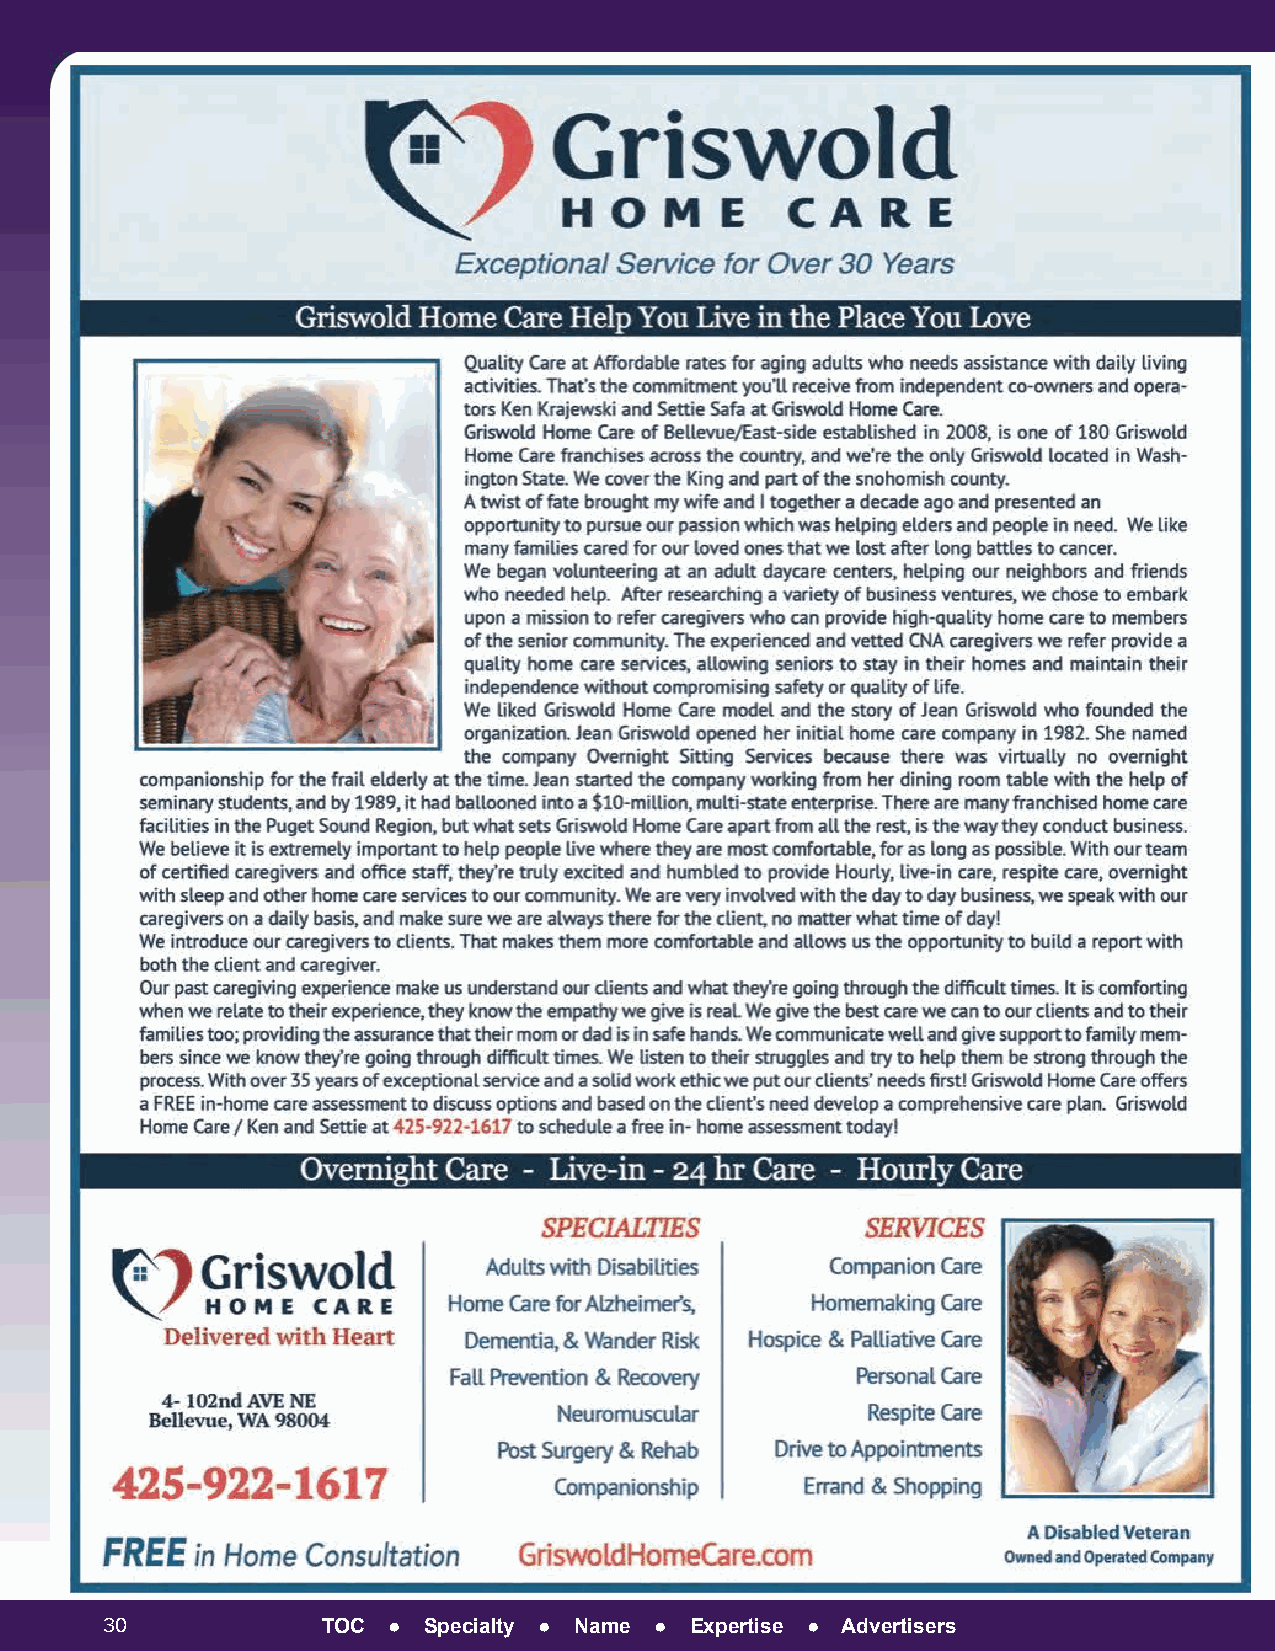
30            TOC  ● Specialty ● Name ● Expertise ● Advertisers